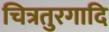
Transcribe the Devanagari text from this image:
चित्रतुरगादि